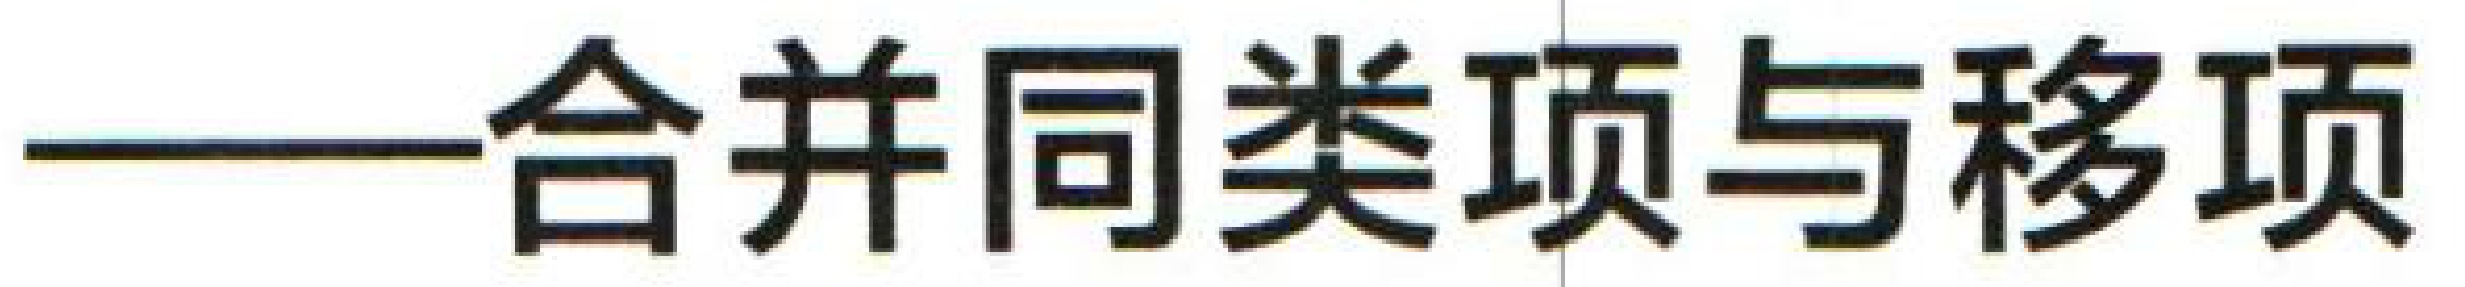
——合并同类项与移项